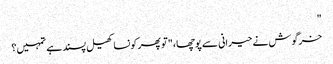
"
خرگوش نے حیرانی سے پوچھا، "تو پھر کونسا کھیل پسند ہے تمہیں؟